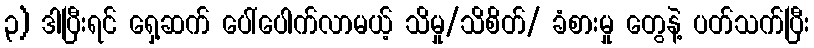
၃) ဒါပြီးရင် ရှေ့ဆက် ပေါ်ပေါက်လာမယ့် သိမှု/သိစိတ်/ ခံစားမှု တွေနဲ့ ပတ်သက်ပြီး